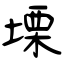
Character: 塛